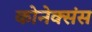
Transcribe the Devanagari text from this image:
कोनेक्संस